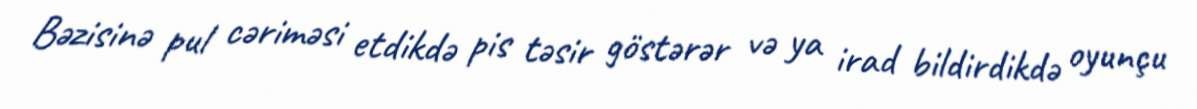
Bəzisinə pul cəriməsi etdikdə pis təsir göstərər və ya irad bildirdikdə oyunçu